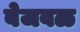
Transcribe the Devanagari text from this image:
बेजवळ